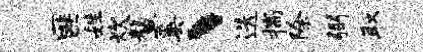
匪姓炊鳌奚丶迭揣除弼取